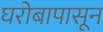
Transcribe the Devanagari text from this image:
घरोबापासून